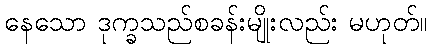
နေသော ဒုက္ခသည်စခန်းမျိုးလည်း မဟုတ်။